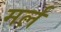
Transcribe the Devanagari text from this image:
मर्ल